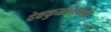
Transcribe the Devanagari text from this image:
देवकुळाभरणो